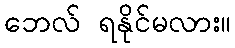
ဘေလ် ရနိုင်မလား။